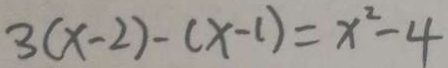
3 ( x - 2 ) - ( x - 1 ) = x ^ { 2 } - 4